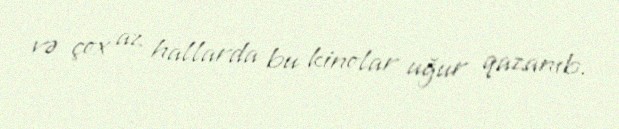
və çox az hallarda bu kinolar uğur qazanıb.